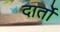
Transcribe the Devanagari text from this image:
दार्तो